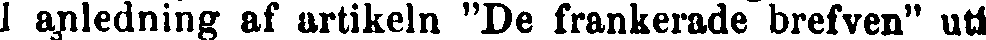
I anledning af artikeln "De frankerade brefven" uti